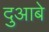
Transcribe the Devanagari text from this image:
दुआबे